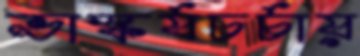
ভাস্কর্যচর্চায়